Tartu_pedagoogiumi_aruanded, lk 8
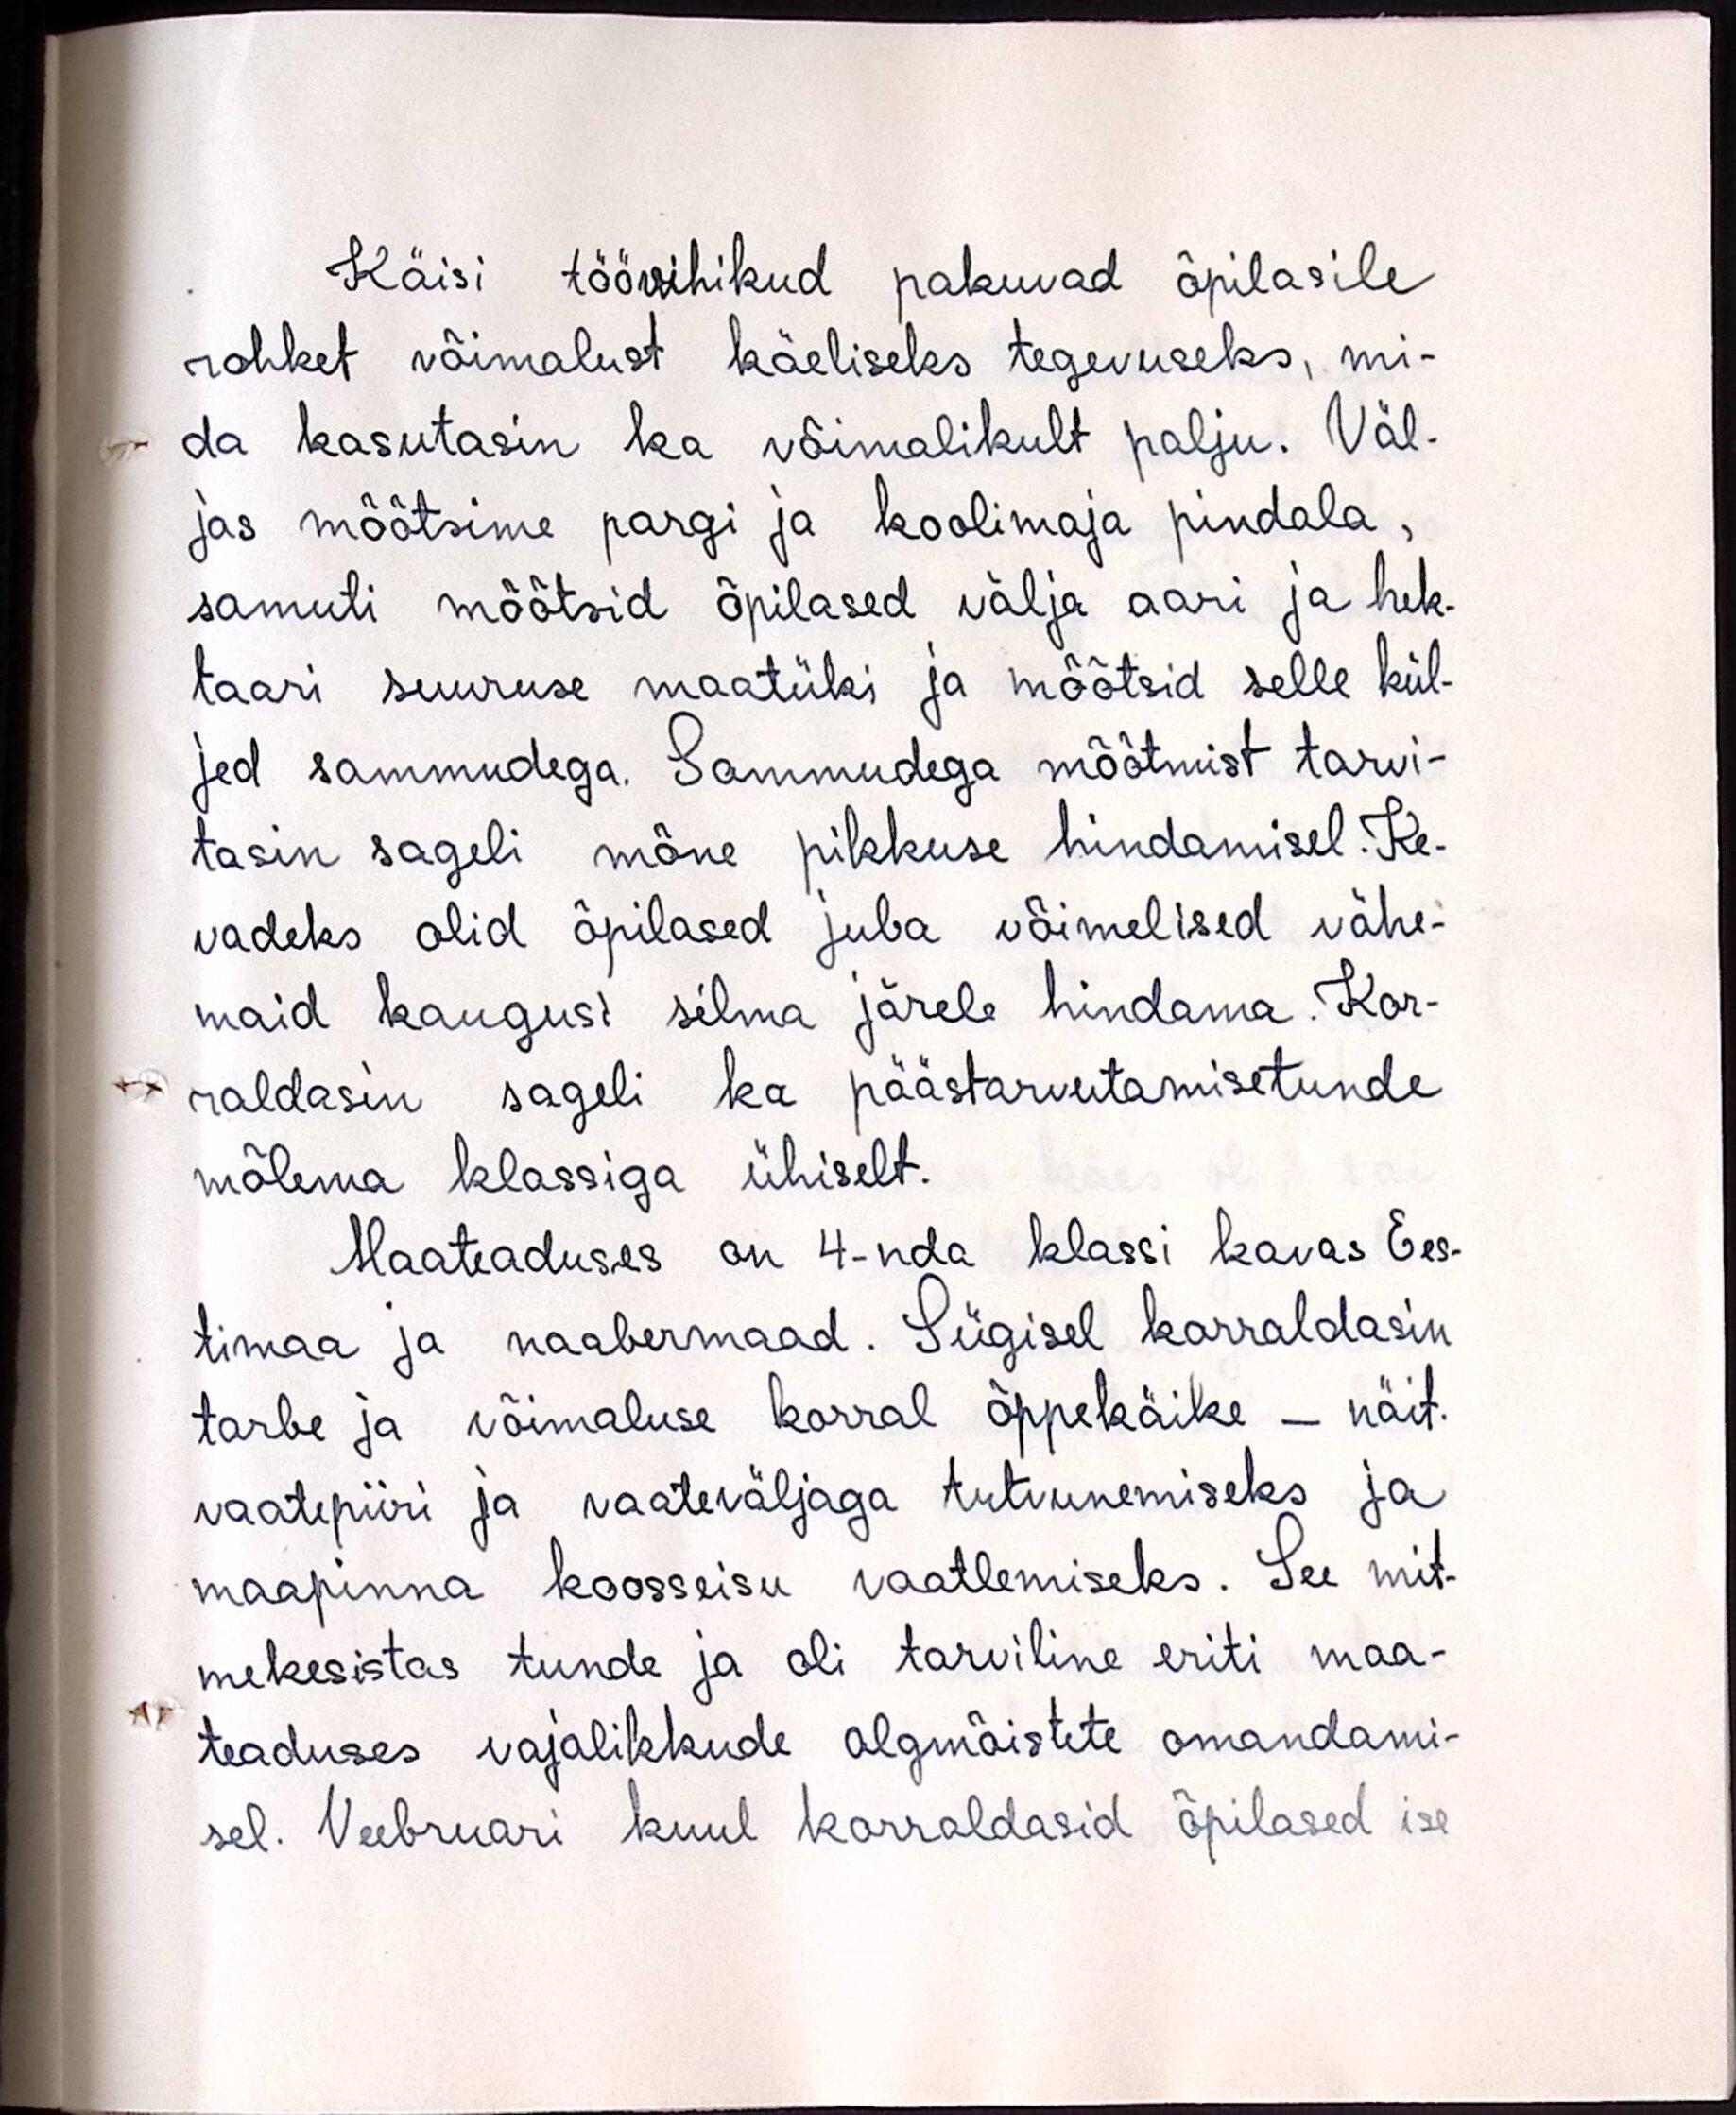
Käisi töövihikud pakuvad õpilasile
rohket võimalust käeliseks tegevuseks, mi-
da kasutasin ka võimalikult palju. Väl-
jas mõõtsime pargi ja koolimaja pindala,
samuti mõõtsid õpilased välja aari ja hek-
taari suuruse maatüki ja mõõtsid selle kül-
jed sammudega. Sammudega mõõtmist tarvi-
tasin sageli mõne pikkuse hindamisel. Ke-
vadeks olid õpilased juba võimelised vähe-
maid kaugust silma järele hindama. Kor-
raldasin sageli ka päästarvutamisetunde
mõlema klassiga ühiselt.
Maateaduses on 4-nda klassi kavas Ees-
timaa ja naabermaad. Sügisel korraldasin
tarbe ja võimaluse korral õppekäike - näit.
vaatepiiri ja vaateväljaga tutvunemiseks ja
maapinna koosseisu vaatlemiseks. See mit-
mekesistas tunde ja oli tarviline eriti maa-
teaduses vajalikkude algmõistete omandami-
sel. Veebruari kuul korraldasid õpilased ise